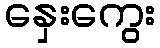
နှေးကွေး